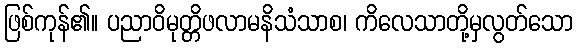
ဖြစ်ကုန်၏။ ပညာဝိမုတ္တိဖလာမနိသံသာစ၊ ကိလေသာတို့မှလွတ်သော